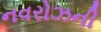
નવરોઝની